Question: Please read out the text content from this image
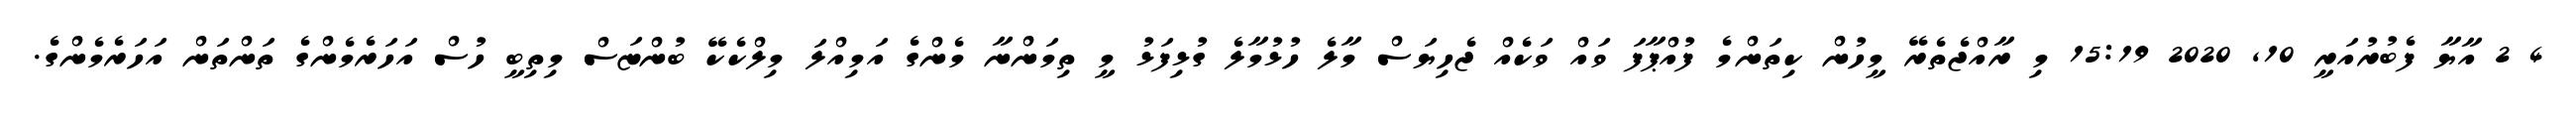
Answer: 4 2 އާޔާ ފެބުރުއަރީ 10, 2020 15:19 މި ރާއްޖެތެރޭ މީހުން ކިތަންމެ ފުއްޕާފަ ވައް ވަކެއް ޖެހިޔަސް މާލެ ހުޅުމާލެ ގުޅިފަޅު މީ ތިމަންނާ މެންގެ އަމިއްލަ މިލްކެކޭ ބުންޏަސް މިތިބީ ހުސް އަހަރެމެންގެ ތަންތަން އަހަރެމެންގެ.